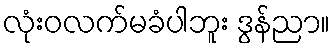
လုံးဝလက်မခံပါဘူး ဒွန်ညာ။